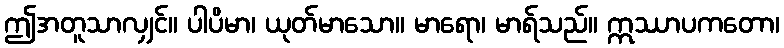
ဤအတူသာလျှင်။ ပါပိမာ၊ ယုတ်မာသော။ မာရော၊ မာရ်သည်။ ဣဿာပကတော၊